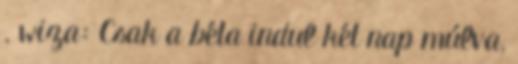
. wiza: Csak a béta indul két nap múlva,